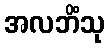
အလဘိံသု